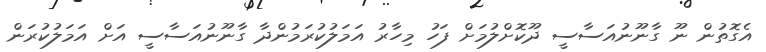
އެގޮތުން ނޫ ގާނޫނުއަސާސީ ދޫކޮށްލުމަށް ފަހު މިހާރު އަމަލުކުރަމުންދާ ގާނޫނުއަސާސީ އަށް އަމަލުކުރަން